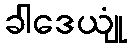
ခါဒေယျုံ